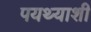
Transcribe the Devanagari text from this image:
पयथ्याशी